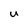
Character: U